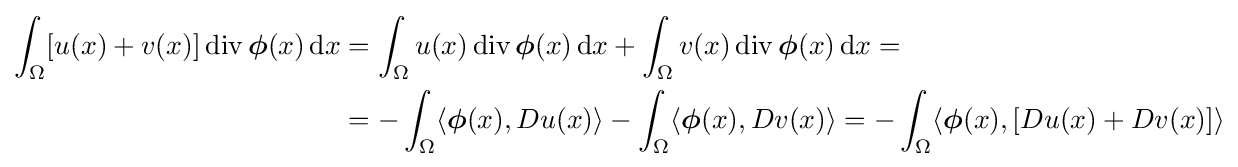
{\begin{aligned}\int _{\Omega }[u(x)+v(x)]\operatorname {div} {\boldsymbol {\phi }}(x)\,\mathrm {d} x&=\int _{\Omega }u(x)\operatorname {div} {\boldsymbol {\phi }}(x)\,\mathrm {d} x+\int _{\Omega }v(x)\operatorname {div} {\boldsymbol {\phi }}(x)\,\mathrm {d} x=\\&=-\int _{\Omega }\langle {\boldsymbol {\phi }}(x),Du(x)\rangle -\int _{\Omega }\langle {\boldsymbol {\phi }}(x),Dv(x)\rangle =-\int _{\Omega }\langle {\boldsymbol {\phi }}(x),[Du(x)+Dv(x)]\rangle \end{aligned}}